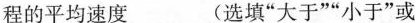
程的平均速度___(选填”大于””小于”或